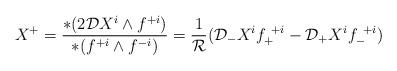
LaTeX: \begin{align*}X^{+} = {{* (2{\cal D} X^i \wedge f^{+i})} \over {* (f^{+i} \wedge f^{-i})}} = {1 \over {\cal R}} ({\cal D}_- X^i f_+^{~+i} - {\cal D}_+ X^if_-^{~+i})\end{align*}